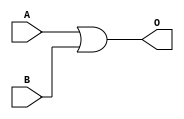
`timescale 1ns / 1ps
module OR(
	input A,B,
	output O
	);
	
	assign O = A | B;

endmodule